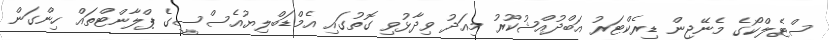
ސްޓެލްކޯގެ މެނޭޖިން ޑިރެކްޓަރު އަބްދުއްޝުކޫރު މިއަދު ވިދާޅުވި ގޮތުގައި އެމްޑަބްލިޔުއެސްސީގެ ޕްލާންޓްތައް ހިންގަން